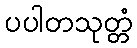
ပပါတသုတ္တံ